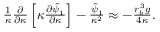
\begin{array} { r } { \frac { 1 } { \kappa } \frac { \partial } { \partial \kappa } \left[ \kappa \frac { \partial \tilde { \psi } _ { 1 } } { \partial \kappa } \right] - \frac { \tilde { \psi } _ { 1 } } { \kappa ^ { 2 } } \approx - \frac { r _ { b } ^ { 3 } g } { 4 \kappa } . } \end{array}